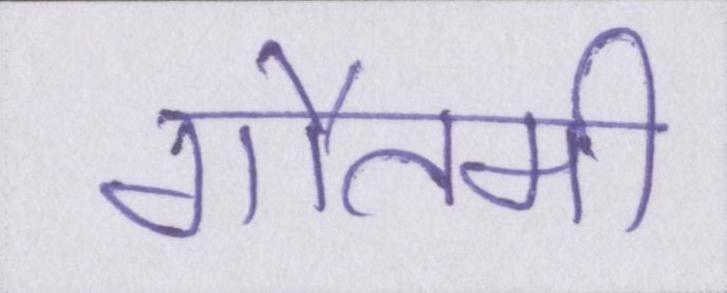
गौतमी